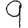
Digit: 9